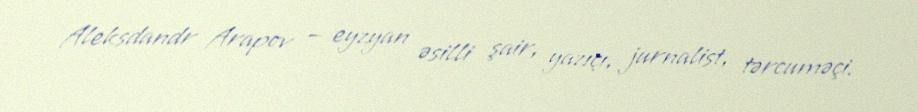
Aleksdandr Arapov — eyzyan əsilli şair, yazıçı, jurnalist, tərcuməçi.